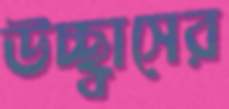
উচ্ছ্বাসের